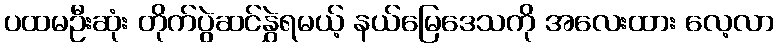
ပထမဦးဆုံး တိုက်ပွဲဆင်နွှဲရမယ့် နယ်မြေဒေသကို အလေးထား လေ့လာ